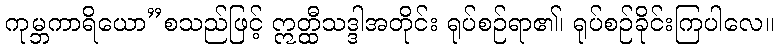
ကုမ္ဘကာရိယော”စသည်ဖြင့် ဣတ္ထီသဒ္ဒါအတိုင်း ရုပ်စဉ်ရာ၏၊ ရုပ်စဉ်ခိုင်းကြပါလေ။